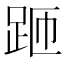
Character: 𲃚